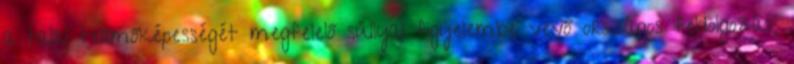
a talaj termőképességét megfelelő súllyal figyelembe vevő országos feldolgozás;